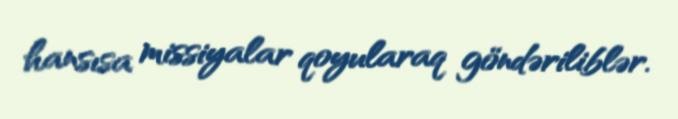
hansısa missiyalar qoyularaq göndəriliblər.